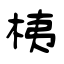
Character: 桋